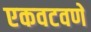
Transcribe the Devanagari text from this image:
एकवटवणे